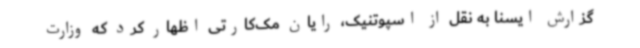
گزارش ایسنا به نقل از اسپوتنیک، رایان مک‌کارتی اظهار کرد که وزارت